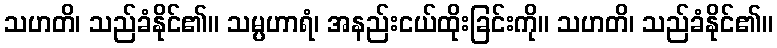
သဟတိ၊ သည်ခံနိုင်၏။ သမ္ပဟာရံ၊ အနည်းငယ်ထိုးခြင်းကို။ သဟတိ၊ သည်ခံနိုင်၏။